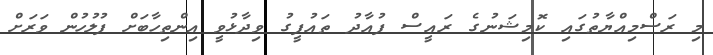
މި ރަސްމިއްޔާތުގައި ކޮމިޝަނުގެ ރައީސް ފުއާދު ތައުފީގު ވިދާޅުވީ އިންތިހާބަށް ފުލުހުން ވަރަށް